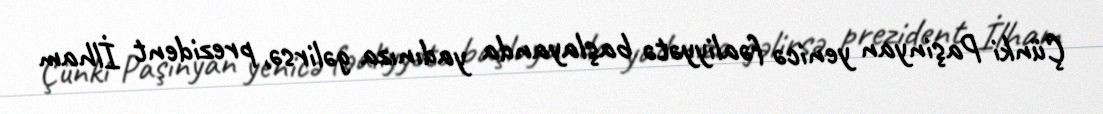
Çünki Paşinyan yenicə fəaliyyətə başlayanda yadınıza gəlirsə, prezident İlham